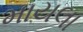
માયલા